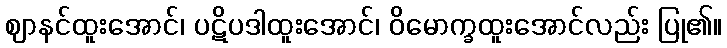
ဈာနင်ထူးအောင်၊ ပဋိပဒါထူးအောင်၊ ဝိမောက္ခထူးအောင်လည်း ပြု၏။